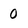
Character: 0